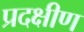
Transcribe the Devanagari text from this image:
प्रदक्षीण